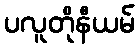
ပလူတိုနီယမ်